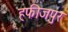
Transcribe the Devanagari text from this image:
हफीजपुर